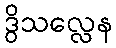
ဒွိသလ္လေန